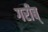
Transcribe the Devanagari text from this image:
गरीब्